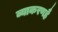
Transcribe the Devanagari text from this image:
व्याकरणहै